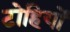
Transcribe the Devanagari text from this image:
टोहियों